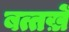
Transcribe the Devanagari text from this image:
बत्तख़ें